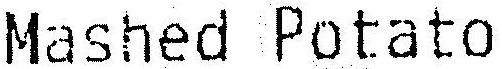
MASHED POTATO